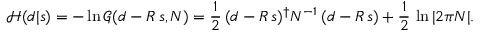
{ \mathcal { H } } ( d | s ) = - \ln { \mathcal { G } } ( d - R \, s , N ) = { \frac { 1 } { 2 } } \, ( d - R \, s ) ^ { \dagger } N ^ { - 1 } \, ( d - R \, s ) + { \frac { 1 } { 2 } } \, \ln | 2 \pi N | .